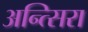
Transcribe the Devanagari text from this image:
अन्त्सिरा